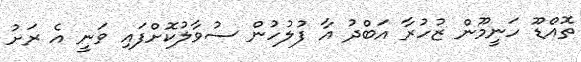
ތޮއްޑޫ ހަނީމޫން ޒުހުރާ އަބްދު އާ ފުލުހުން ސުވާލުކޮށްފައި ވަނީ އެ ރަށު